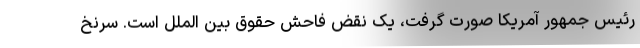
رئیس جمهور آمریکا صورت گرفت، یک نقض فاحش حقوق بین الملل است. سرنخ